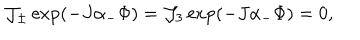
LaTeX: { \cal J } _ { \pm } \exp ( - J \alpha _ { - } \Phi ) = { \cal J } _ { 3 } \exp ( - J \alpha _ { - } \Phi ) = 0 ,